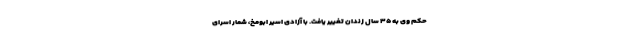
حکم وی به ۳۵ سال زندان تغییر یافت. با آزادی اسیر ابومخ، شمار اسرای